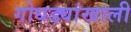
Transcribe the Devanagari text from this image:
गोधड्यांखाली